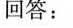
回答：